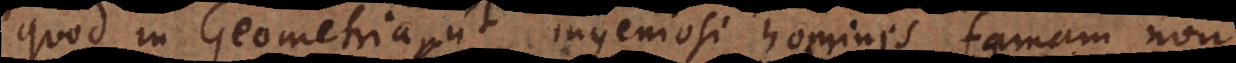
quod in Geometria ut ingeniosi homines famam non